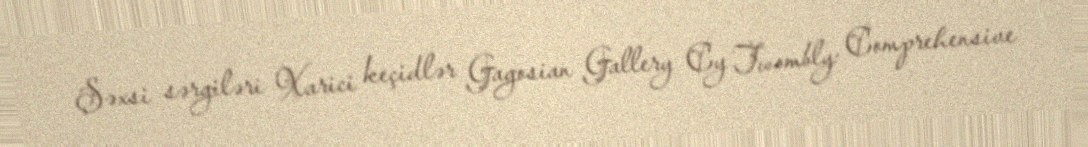
Şəxsi sərgiləri Xarici keçidlər Gagosian Gallery Cy Twombly: Comprehensive